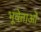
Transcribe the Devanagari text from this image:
भूवेत्ताओं